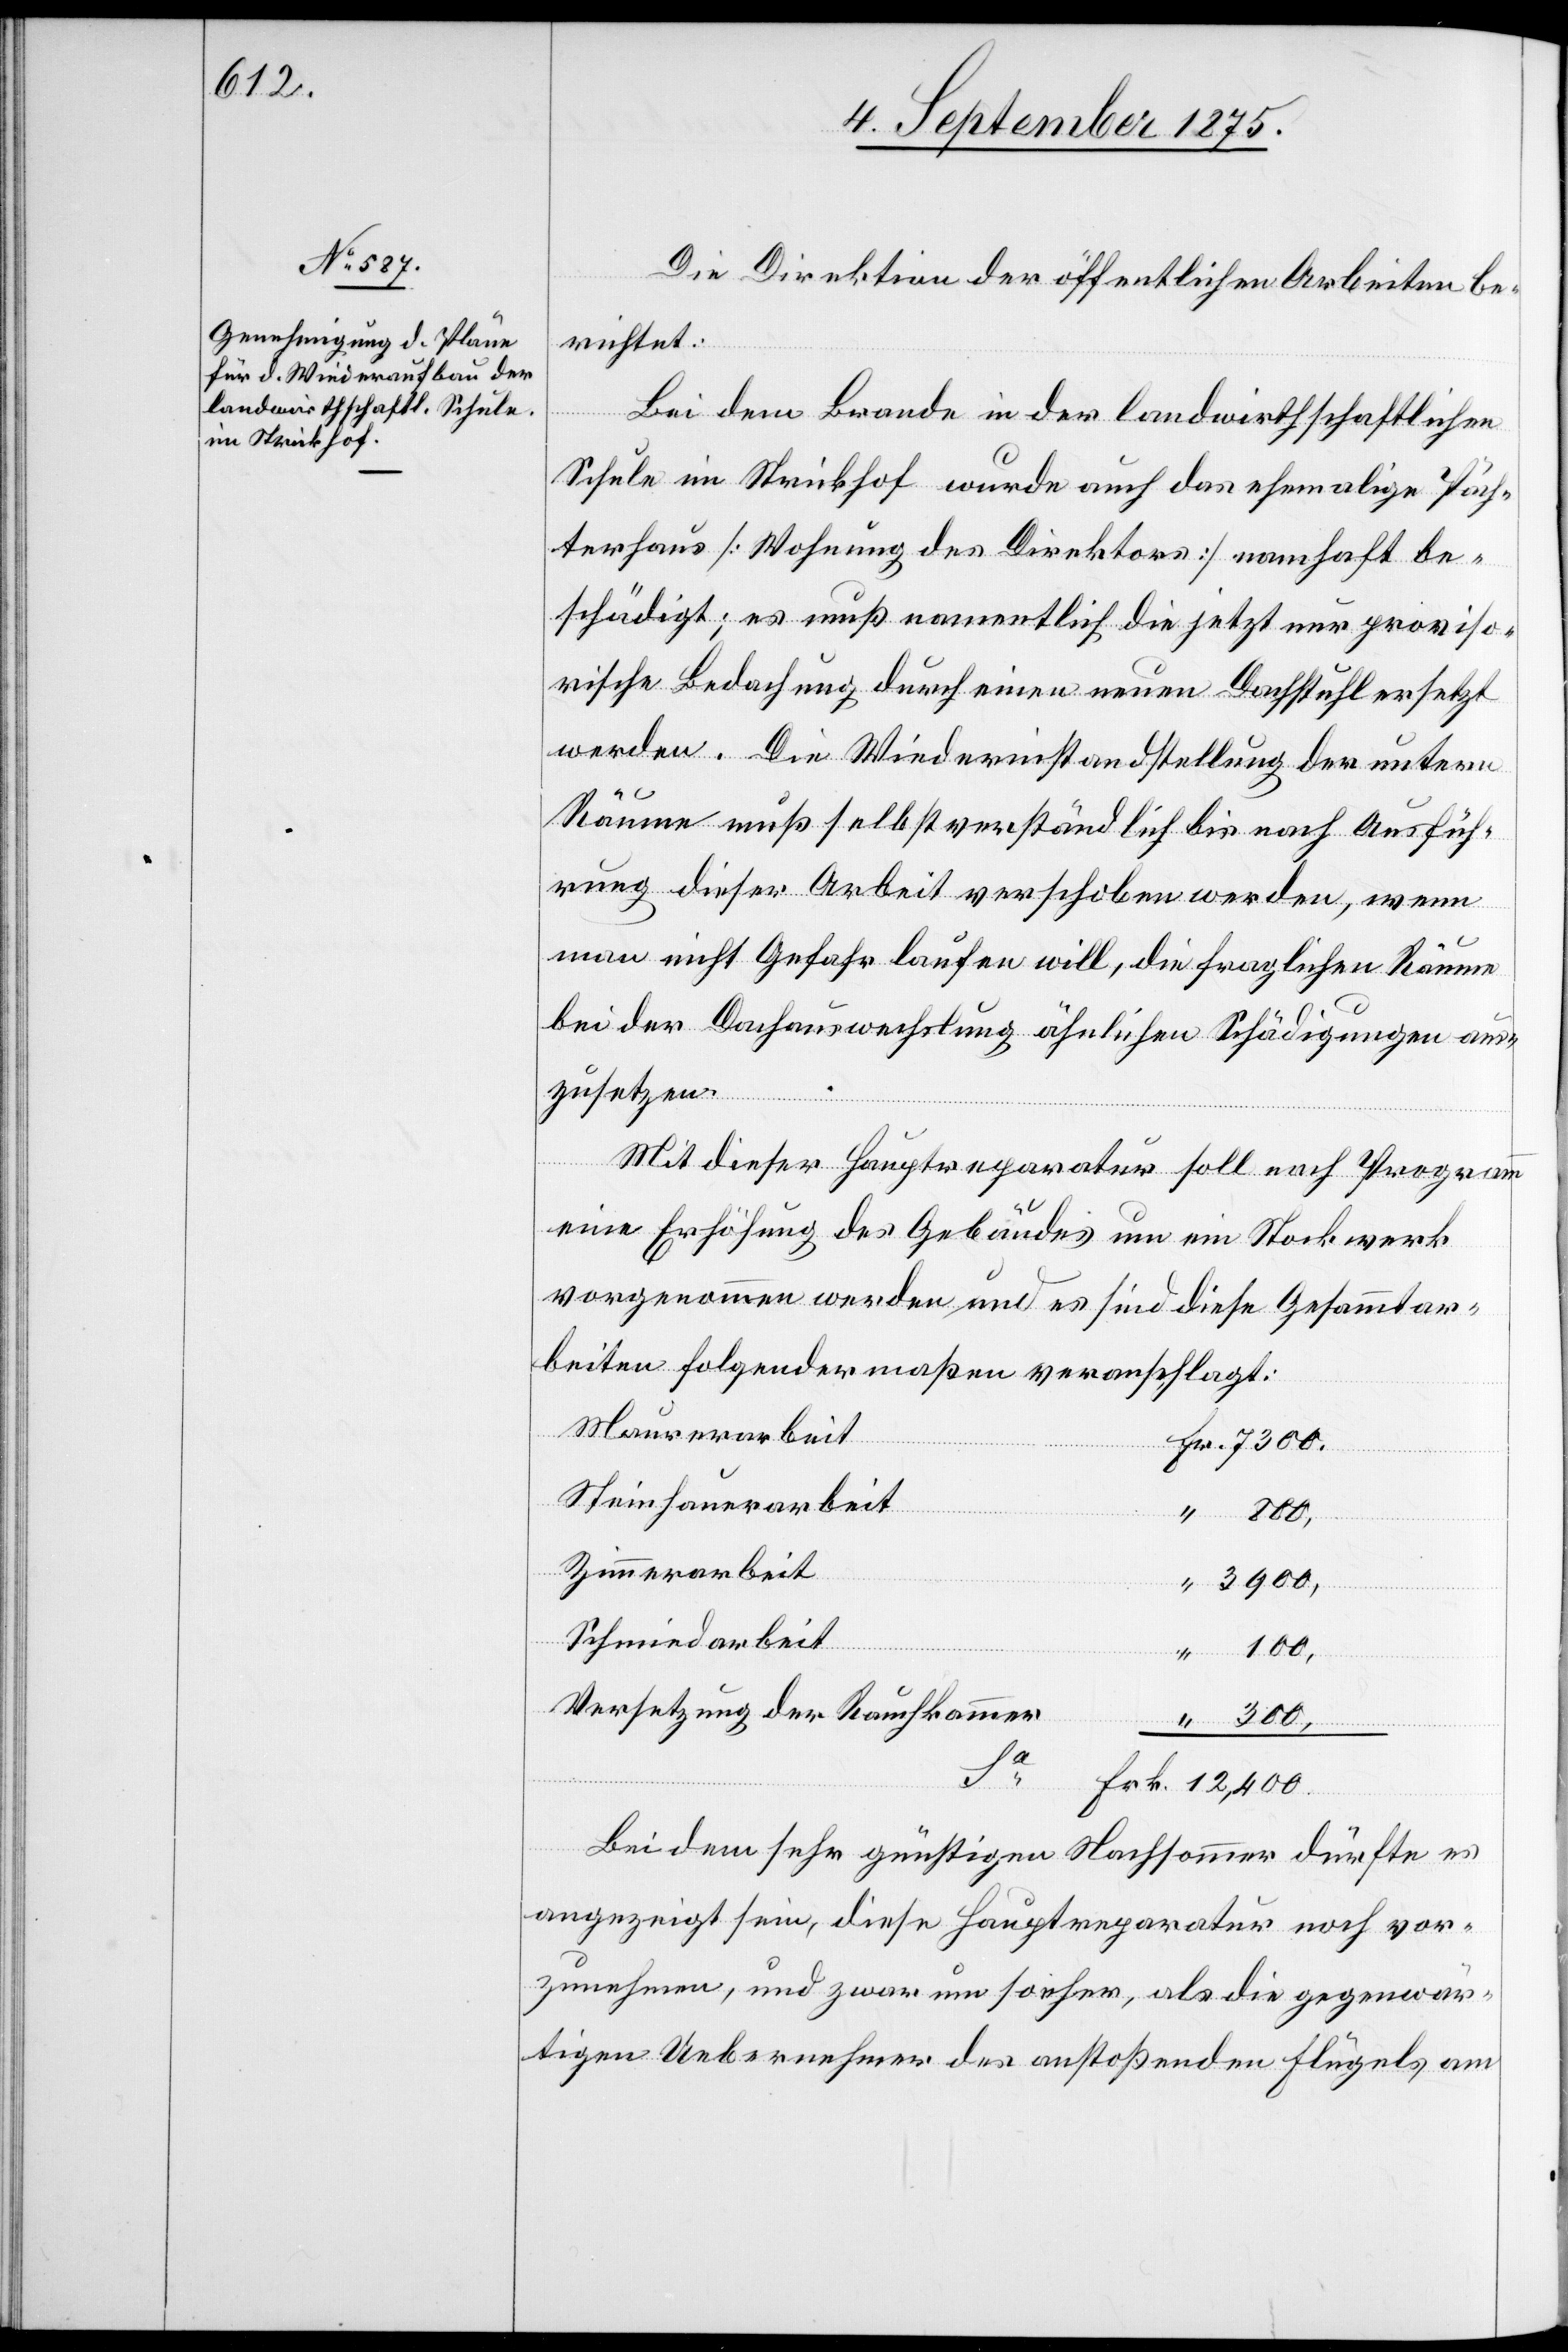
Die Direktion der öffentlichen Arbeiten be¬
richtet:
Bei dem Brande in der landwirthschaftlichen
Schule Strickhof wurde auch das ehemalige Päch¬
terhaus [Wohnung des Direktors] namhaft be¬
schädigt; es muß namentlich die jetzt nur proviso¬
rische Bedachung durch einen neuen Dachstuhl ersetzt
werden. Die Wiederinstandstellung der untern
Räume muß selbstverständlich bis nach Ausfüh¬
rung dieser Arbeit verschoben werden, wenn
man nicht Gefahr laufen will, die fraglichen Räume
bei der Dachauswechslung ähnlichen Schädigungen aus¬
zusetzen.
Mit dieser Hauptreparatur soll nach Programm
eine Erhöhung des Gebäudes um ein Stockwerk
vorgenommen werden und es sind diese Gesammtar¬
beiten folgendermaßen veranschlagt:
Maurerarbeit
“
Steinhauerarbeit
300,
Sa
Zimmerarbeit
3900,
Schmiedarbeit
Versetzung der Rauchkammer
Fr.
Frk.
Bei dem sehr günstigen Nachsommer dürfte es
angezeigt sein, diese Hauptreparatur noch vor¬
zunehmen, und zwar umso eher, als die gegenwär¬
tigen Uebernehmer des anstoßenden Flügels am